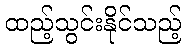
ထည့်သွင်းနိုင်သည့်